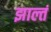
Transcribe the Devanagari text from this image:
झाल्तं